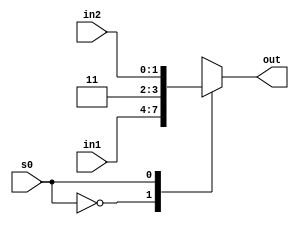
module mux_sp_21 (out, s0, in1, in2);

output reg [3:0] out;
input [3:0] in1;
input [1:0] in2;
input s0;

always @(*)
begin
	case(s0)
	1'b0	: out = in1;
	1'b1	: out = {2'b11,in2};
	endcase
end

endmodule